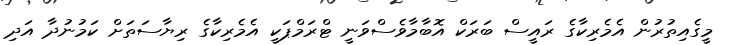
މީގެއިތުރުން އެމެރިކާގެ ރައީސް ބަރަކް އޮބާމާވެސްވަނީ ޓްރަމްޕަކީ އެމެރިކާގެ ރިޔާސަތަށް ކަމުނުދާ އަދި